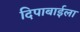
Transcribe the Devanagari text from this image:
दिपाबाईला